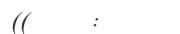
((    :